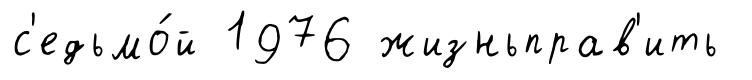
с'едьмо́й 1976 жизньправ'ить